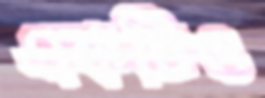
একটিও